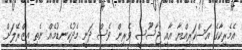
އެމެރިކާގެ އަސްކަރިއްޔާ އާއި ޖާސޫސީ ވެރިން ވެސް ދަނީ މެދުކެނޑުމެއް ނެތި އިޒްރޭލަށް